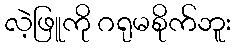
လဲ့ဖြူကို ဂရုမစိုက်ဘူး